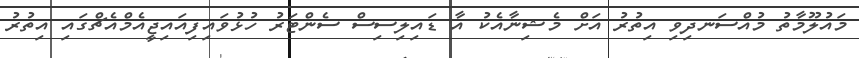
މައުލޫމާތު މުއްސަނދިވި އިތުރު އަށް މެޝިނާއެކު އާ ޑައިލިސިސް ސެންޓަރު ހުޅުވައިފިއައިޖީއެމްއެޗްގައި އިތުރު